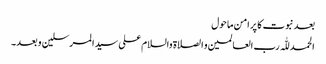
بعد نبوت کا پر امن ماحول
الحمد للّٰہ رب العالمین و الصلاۃ والسلام علی سیدالمرسلین و بعد۔